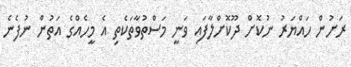
ރަށުން ހައްޔަރު ނުކޮށް ދޫކޮށްލާފައި ވަނީ މަސްތުވާތަކެތި އެ މީހެއްގެ އަތުން ނުފެނެ